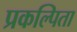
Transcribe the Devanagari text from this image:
प्रकल्पिता